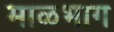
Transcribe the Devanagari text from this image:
माळभाग